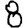
Digit: 8